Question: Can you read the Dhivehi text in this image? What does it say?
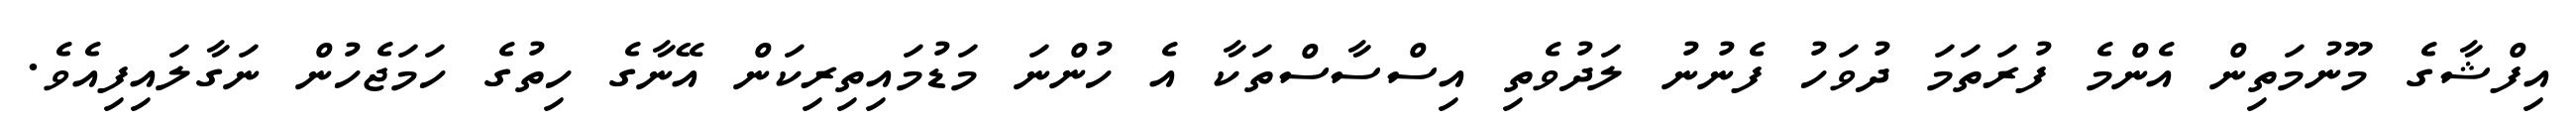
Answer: އިފްޝާގެ މޫނުމަތިން އެންމެ ފުރަތަމަ ދުވަހު ފެނުނު ލަދުވެތި އިސްސާސްތަކާ އެ ހުންނަ މަޑުމައިތިރިކަން އޭނާގެ ހިތުގެ ހަމަޖެހުން ނަގާލައިފިއެވެ.